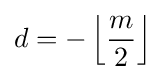
d=-\left\lfloor {\frac {m}{2}}\right\rfloor